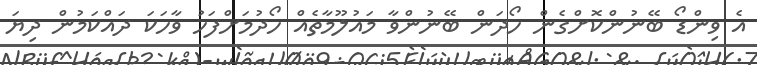
އެ ވިންޑޯ ބޭނުންކޮށްގެން ހޯދަން ބޭނުންވާ މައުލޫމާތެއް ހޯދުމަށްފަހު ވާހަކަ ދައްކަމުން ދިޔަ